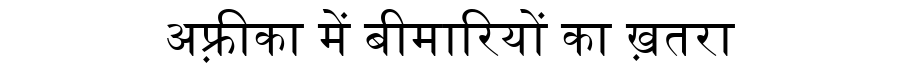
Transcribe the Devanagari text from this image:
अफ़्रीका में बीमारियों का ख़तरा